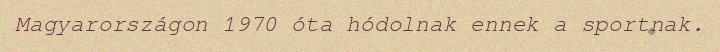
Magyarországon 1970 óta hódolnak ennek a sportnak.